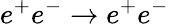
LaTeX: e^{+}e^{-}\rightarrow e^{+}e^{-}